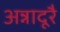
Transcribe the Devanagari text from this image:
अन्नादूरै